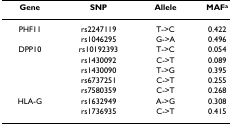
| Gene | SNP | Allele | MAFa |
 | --- | --- | --- | --- |
 | PHF11 | rs2247119 | T->C | 0.422 |
 |  | rs1046295 | G->A | 0.496 |
 | DPP10 | rs10192393 | T->C | 0.054 |
 |  | rs1430092 | C->T | 0.089 |
 |  | rs1430090 | T->G | 0.395 |
 |  | rs6737251 | C->T | 0.255 |
 |  | rs7580359 | C->T | 0.268 |
 | HLA-G | rs1632949 | A->G | 0.308 |
 |  | rs1736935 | C->T | 0.415 |